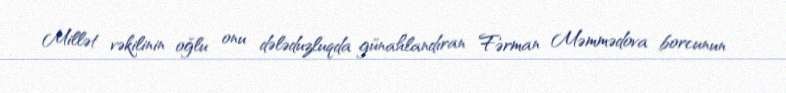
Millət vəkilinin oğlu onu dələduzluqda günahlandıran Fərman Məmmədova borcunun